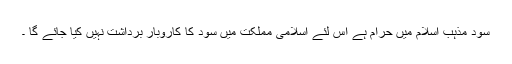
سود مذہب اسلام میں حرام ہے اس لئے اسلامی مملکت میں سود کا کاروبار برداشت نہیں کیا جائے گا ۔